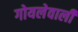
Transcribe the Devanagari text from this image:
गोयलेवाली